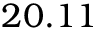
2 0 . 1 1